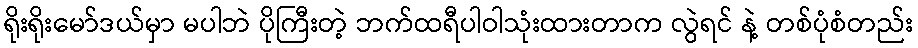
ရိုးရိုးမော်ဒယ်မှာ မပါဘဲ ပိုကြီးတဲ့ ဘက်ထရီပါဝါသုံးထားတာက လွဲရင် နဲ့ တစ်ပုံစံတည်း